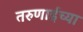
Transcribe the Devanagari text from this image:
तरुणाईच्या